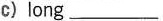
c)long ___